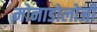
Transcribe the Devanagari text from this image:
मोनाडोलोजी